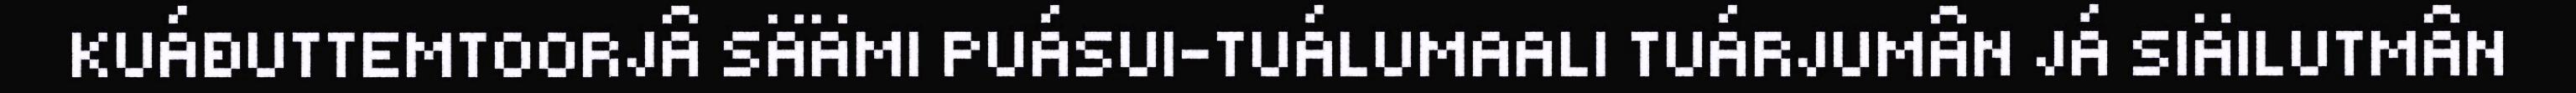
KUÁĐUTTEMTOORJÂ SÄÄMI PUÁSUI-TUÁLUMAALI TUÁRJUMÂN JÁ SIÄILUTMÂN